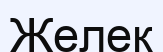
Желек